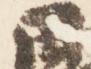
日